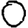
Digit: 0